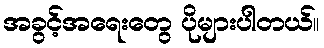
အခွင့်အရေးတွေ ပိုများပါတယ်။